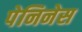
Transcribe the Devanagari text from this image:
पेनिनेस